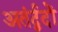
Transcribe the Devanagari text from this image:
अतंर्द्वदों